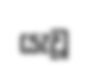
යැවූ